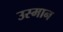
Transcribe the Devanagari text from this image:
उस्‍मान